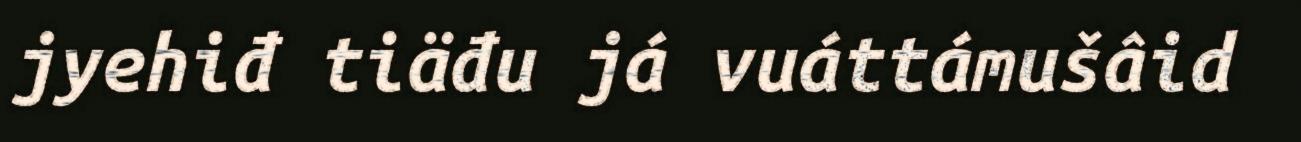
jyehiđ tiäđu já vuáttámušâid